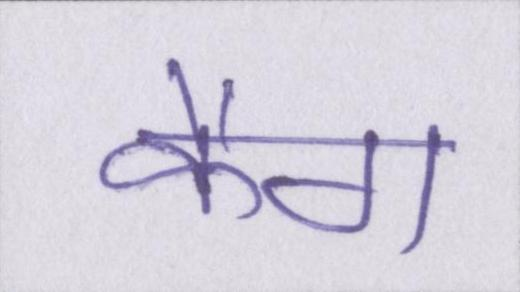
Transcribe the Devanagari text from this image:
कैग